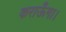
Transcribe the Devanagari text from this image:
कराऊँगा।